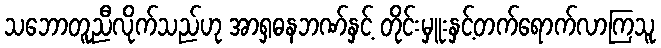
သဘောတူညီလိုက်သည်ဟု အာရှဓနဘဏ်နှင့် တိုင်းမှူးနှင့်တက်ရောက်လာကြသူ